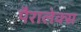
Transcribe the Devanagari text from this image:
पैरालेक्स